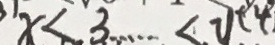
x < 3 \cdots < y + 4